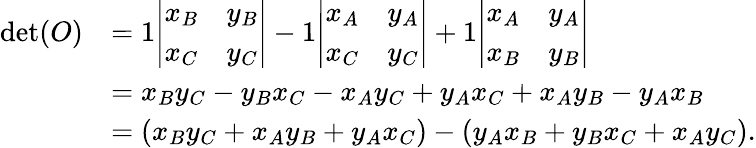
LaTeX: {\begin{array}{rl}{\operatorname*{det}(O)}&{=1{\left|\begin{array}{ll}{x_{B}}&{y_{B}}\\ {x_{C}}&{y_{C}}\end{array}\right|}-1{\left|\begin{array}{ll}{x_{A}}&{y_{A}}\\ {x_{C}}&{y_{C}}\end{array}\right|}+1{\left|\begin{array}{ll}{x_{A}}&{y_{A}}\\ {x_{B}}&{y_{B}}\end{array}\right|}}\\ &{=x_{B}y_{C}-y_{B}x_{C}-x_{A}y_{C}+y_{A}x_{C}+x_{A}y_{B}-y_{A}x_{B}}\\ &{=(x_{B}y_{C}+x_{A}y_{B}+y_{A}x_{C})-(y_{A}x_{B}+y_{B}x_{C}+x_{A}y_{C}).}\end{array}}